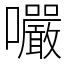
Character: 㘙